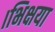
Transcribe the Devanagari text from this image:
।भिक्षया